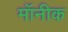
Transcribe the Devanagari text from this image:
मॉनीक